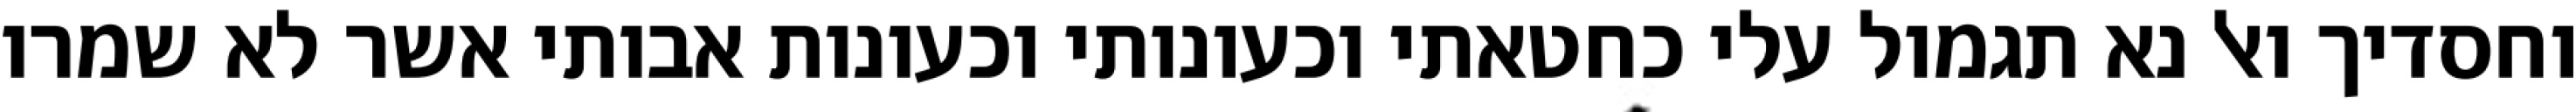
וחסדיך ואל נא תגמול עלי כחטאתי וכעונותי וכעונות אבותי אשר לא שמרו